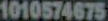
1010574675